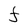
Character: F